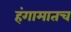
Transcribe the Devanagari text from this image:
हंगामातच